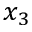
x _ { 3 }